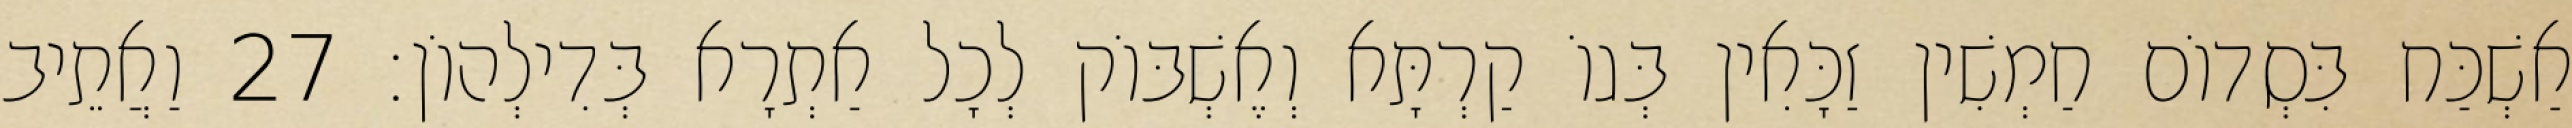
אַשְׁכַּח בִּסְדוֹם חַמְשִׁין זַכָּאִין בְּגוֹ קַרְתָּא וְאֶשְׁבּוֹק לְכָל אַתְרָא בְּדִילְהוֹן׃ 27 וַאֲתֵיב